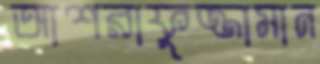
আশরাফুজ্জামান